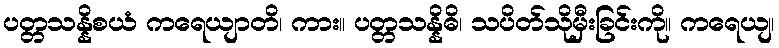
ပတ္တသန္နိစယံ ကရေယျာတိ၊ ကား။ ပတ္တသန္နိဓိ၊ သပိတ်သိုမှီးခြင်းကို။ ကရေယျ၊